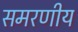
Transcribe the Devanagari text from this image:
समरणीय